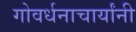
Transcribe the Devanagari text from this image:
गोवर्धनाचार्यांनी